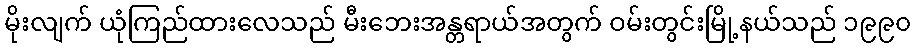
မိုးလျက် ယုံကြည်ထားလေသည် မီးဘေးအန္တရာယ်အတွက် ဝမ်းတွင်းမြို့နယ်သည် ၁၉၉၀